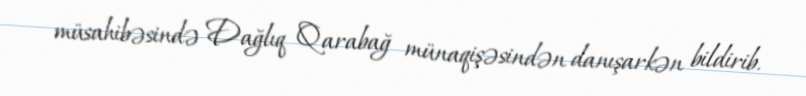
müsahibəsində Dağlıq Qarabağ münaqişəsindən danışarkən bildirib.